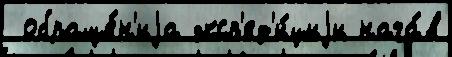
 обраще́н'иjа эксп'ед'и́циjи нача́в